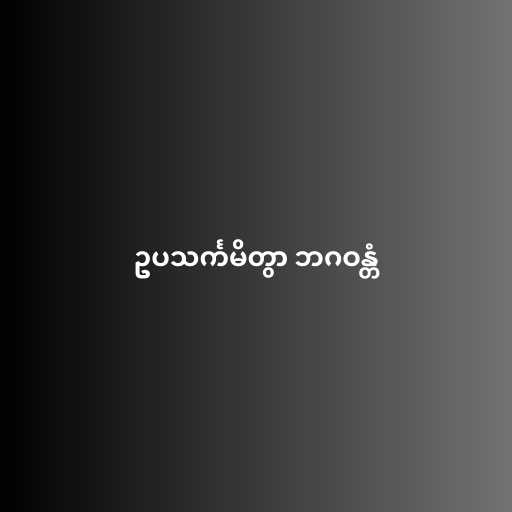
ဥပသင်္ကမိတွာ ဘဂဝန္တံ